Scottish Leaving Certificate Examination, 1956
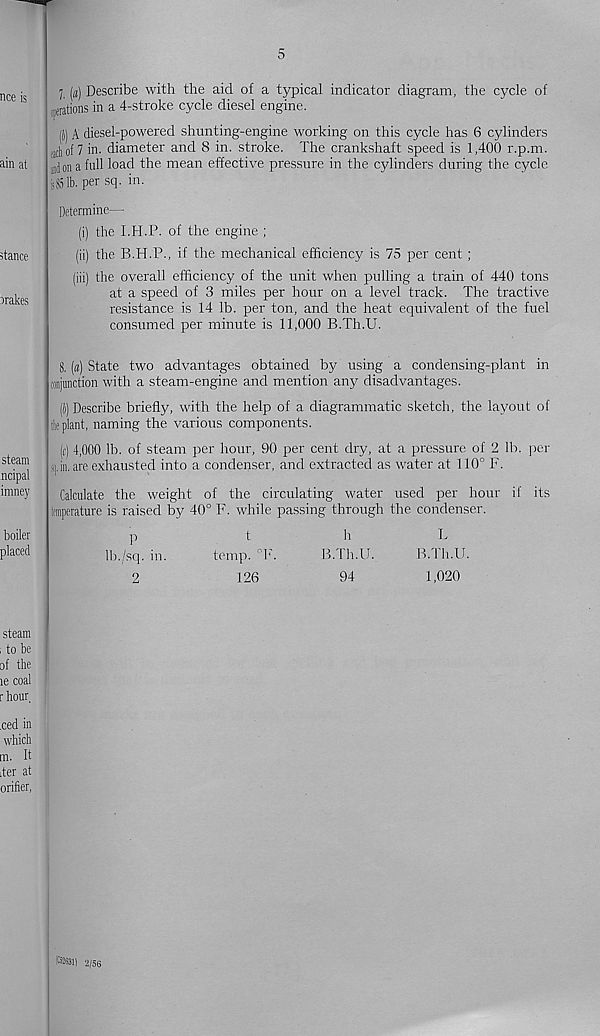
5
l (a) Describe with the aid of a typical indicator diagram, the cycle of
(patrons in a 4-stroke cycle diesel engine.
((i ) A diesel-powered shunting-engine working on this cycle has 6 cylinders
a( l,of 7 in. diameter and 8 in. stroke. The crankshaft speed is 1,400 r.p.m.
ad on a full load the mean effective pressure in the cylinders during the cycle
i>8|lb- per sq. in.
Determine—
(i) the I.H.P. of the engine ;
(ii) the B.H.P., if the mechanical efficiency is 75 per cent ;
(iii) the overall efficiency of the unit when pulling a train of 440 tons
at a speed of 3 miles per hour on a level track. The tractive
resistance is 14 lb. per ton, and the heat equivalent of the fuel
consumed per minute is 11,000 B.Th.U.
8. («) State two advantages obtained by using a condensing-plant in
tonjunctibn with a steam-engine and mention any disadvantages.
(1) Describe briefly, with the help of a diagrammatic sketch, the layout of
It plant, naming the various components.
(c) 4,000 lb. of steam per hour, 90 per cent dry, at a pressure of 2 lb. per
.|.in. are exhausted into a condenser, and extracted as water at 110° F.
Calculate the weight of the circulating water used per hour if its
taperatufe is raised by 40° F. while passing through the condenser.
P
lb./sq. in.
2
t
temp. °F.
126
B.Th.U.
94
h
L
B.Th.U.
1,020
2/56